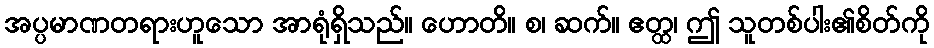
အပ္ပမာဏတရားဟူသော အာရုံရှိသည်။ ဟောတိ။ စ၊ ဆက်။ ဧတ္ထ၊ ဤ သူတစ်ပါး၏စိတ်ကို